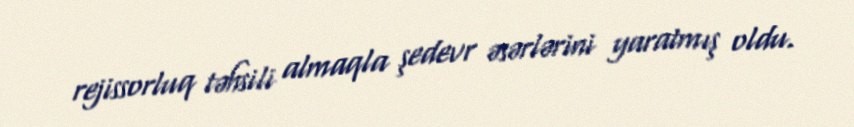
rejissorluq təhsili almaqla şedevr əsərlərini yaratmış oldu.